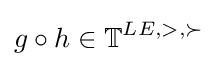
g\circ h\in \mathbb {T} ^{LE,>,\succ }